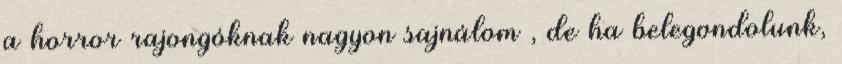
a horror rajongóknak nagyon sajnálom , de ha belegondolunk,